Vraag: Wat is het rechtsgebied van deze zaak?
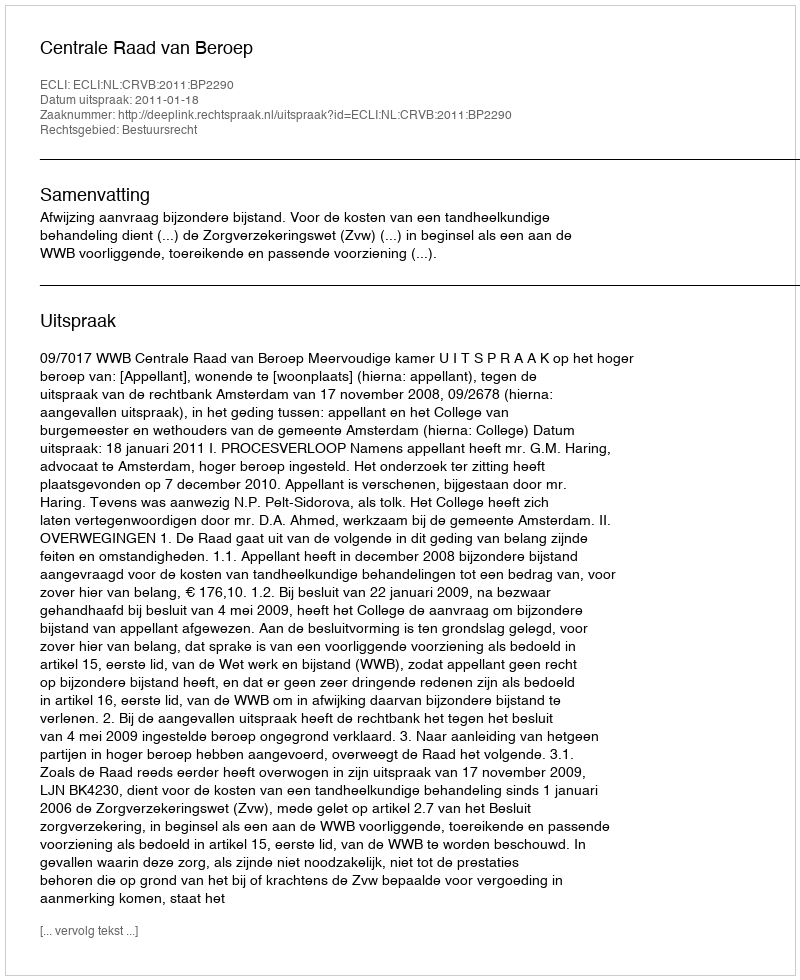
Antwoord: Bestuursrecht